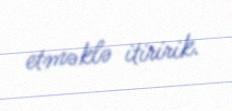
etməklə itiririk.